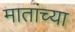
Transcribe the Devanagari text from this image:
मातांच्या